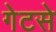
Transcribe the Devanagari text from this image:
गेटसे